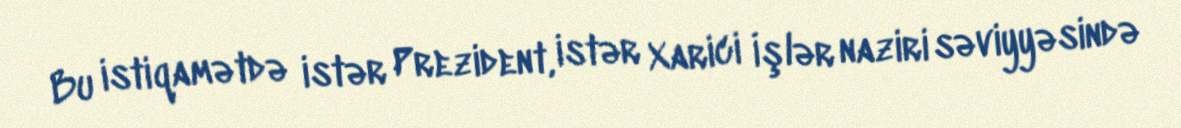
Bu istiqamətdə istər Prezident, istər Xarici İşlər naziri səviyyəsində